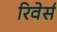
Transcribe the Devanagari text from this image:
रिवेर्स